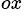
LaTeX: ^{ox}